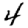
Digit: 4